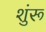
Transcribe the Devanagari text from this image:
शुंरू